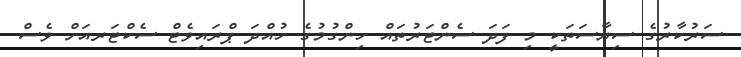
ސަރުކާރުގެ ސިޔާސަތަކީ މި ފަދަ ސެންޓަރުތައް ހިންގުމުގެ ހުއްދަ ޕްރައިވެޓް ސެކްޓަރއަށް ވެސް